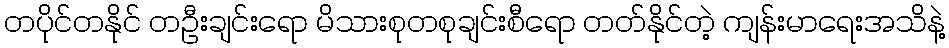
တပိုင်တနိုင် တဦးချင်းရော မိသားစုတစုချင်းစီရော တတ်နိုင်တဲ့ ကျန်းမာရေးအသိနဲ့